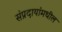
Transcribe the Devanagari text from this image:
संप्रदायांमधील